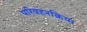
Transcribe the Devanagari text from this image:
परिवहनक्रिया